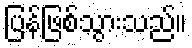
ပြန်ဖြစ်သွားသည်။